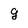
Character: g